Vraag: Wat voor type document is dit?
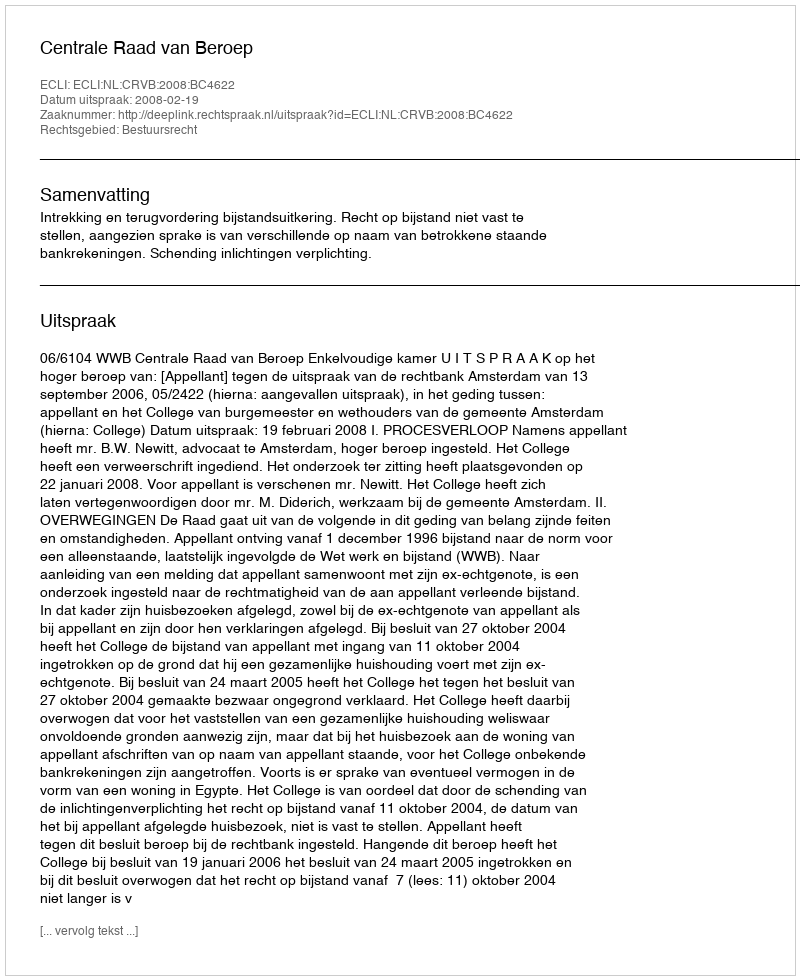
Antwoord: Uitspraak